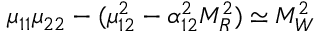
\mu _ { 1 1 } \mu _ { 2 2 } - ( \mu _ { 1 2 } ^ { 2 } - \alpha _ { 1 2 } ^ { 2 } M _ { R } ^ { 2 } ) \simeq M _ { W } ^ { 2 }